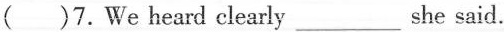
()7. We heard clearly ___ she said.